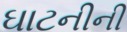
ઘાટનીની